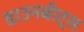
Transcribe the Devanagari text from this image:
डाउनबीट्स